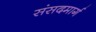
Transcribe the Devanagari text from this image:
संसदमार्ग